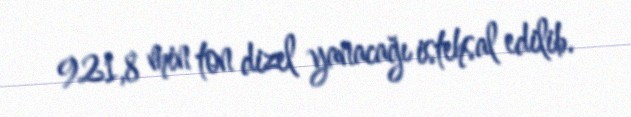
921,8 min ton dizel yanacağı istehsal edilib.